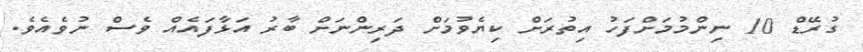
ގުރޭޑް 10 ނިންމުމަށްފަހު އިތުރަށް ކިޔެވުމަށް ދަރިންނަށް ބާރު އަޅާފައެއް ވެސް ނުވެއެވެ.